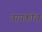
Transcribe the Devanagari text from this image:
वायकोंब